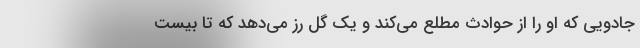
جادویی که او را از حوادث مطلع می‌کند و یک گل رز می‌دهد که تا بیست